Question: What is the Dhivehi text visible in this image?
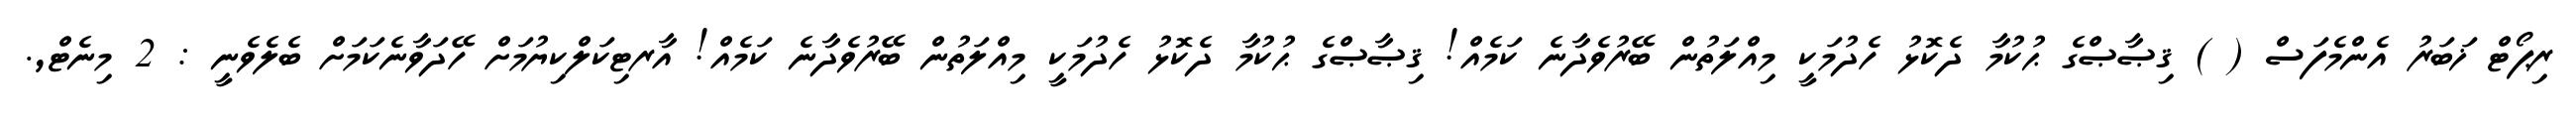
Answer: ރިޕޯޓް ޚަބަރު އެންމެފަސް ( ) ޤިޞާޞްގެ ޙުކުމާ ދެކޮޅު ހެދުމަކީ މިއްލަތުން ބޭރުވެދާނެ ކަމެއް! ޤިޞާޞްގެ ޙުކުމާ ދެކޮޅު ހެދުމަކީ މިއްލަތުން ބޭރުވެދާނެ ކަމެއް! އާރޓިކަލްކިޔުމަށް ހޭދަވާނެކަމަށް ބެލެވެނީ : 2 މިނެޓް,.